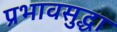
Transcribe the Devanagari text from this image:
प्रभावसुद्धा